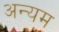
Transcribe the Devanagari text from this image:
अन्यम